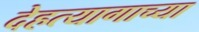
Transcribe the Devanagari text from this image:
देहत्यागाच्या